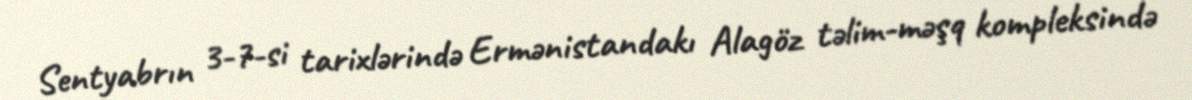
Sentyabrın 3-7-si tarixlərində Ermənistandakı Alagöz təlim-məşq kompleksində